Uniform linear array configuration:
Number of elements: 64
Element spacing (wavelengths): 1
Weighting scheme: kaiser
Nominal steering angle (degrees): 0
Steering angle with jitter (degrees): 0.7004
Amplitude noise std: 0.05
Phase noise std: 0.05

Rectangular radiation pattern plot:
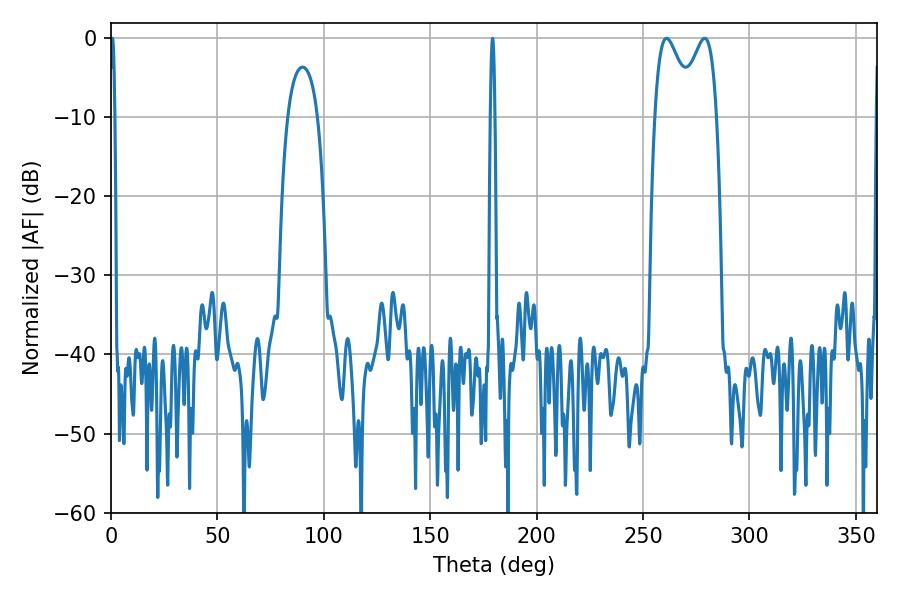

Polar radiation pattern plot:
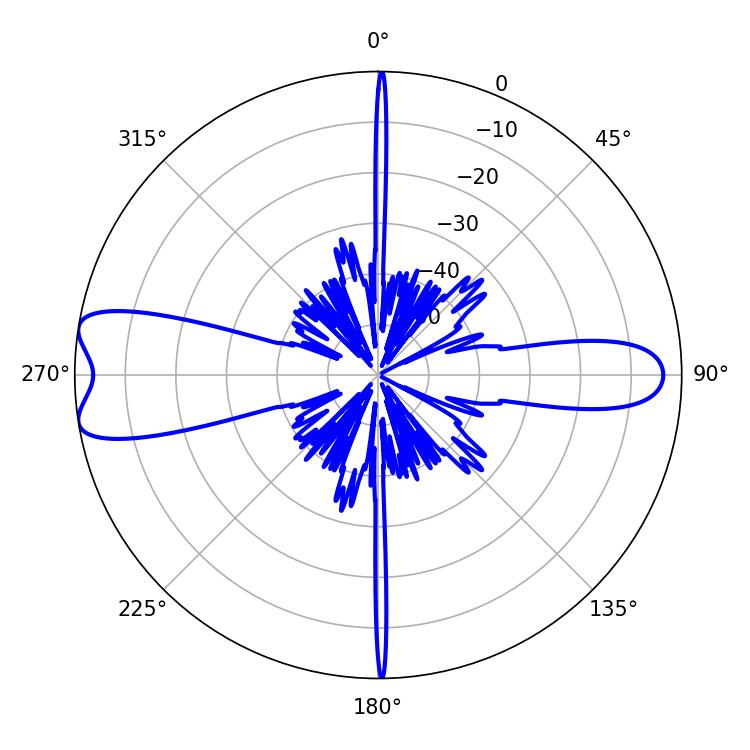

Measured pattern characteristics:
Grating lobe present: TRUE
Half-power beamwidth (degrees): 9.54
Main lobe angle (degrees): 261